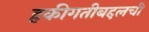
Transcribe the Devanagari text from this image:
हकीगतीबद्दलची